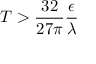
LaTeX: T > \frac { 3 2 } { 2 7 \pi } \frac \epsilon \lambda